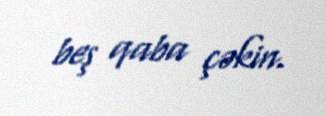
beş qaba çəkin.